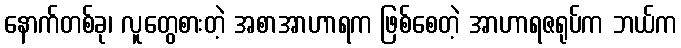
နောက်တစ်ခု၊ လူတွေစားတဲ့ အစာအာဟာရက ဖြစ်စေတဲ့ အာဟာရဇရုပ်က ဘယ်က